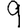
Digit: 9